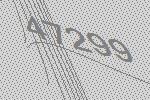
47299